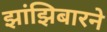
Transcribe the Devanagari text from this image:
झांझिबारने